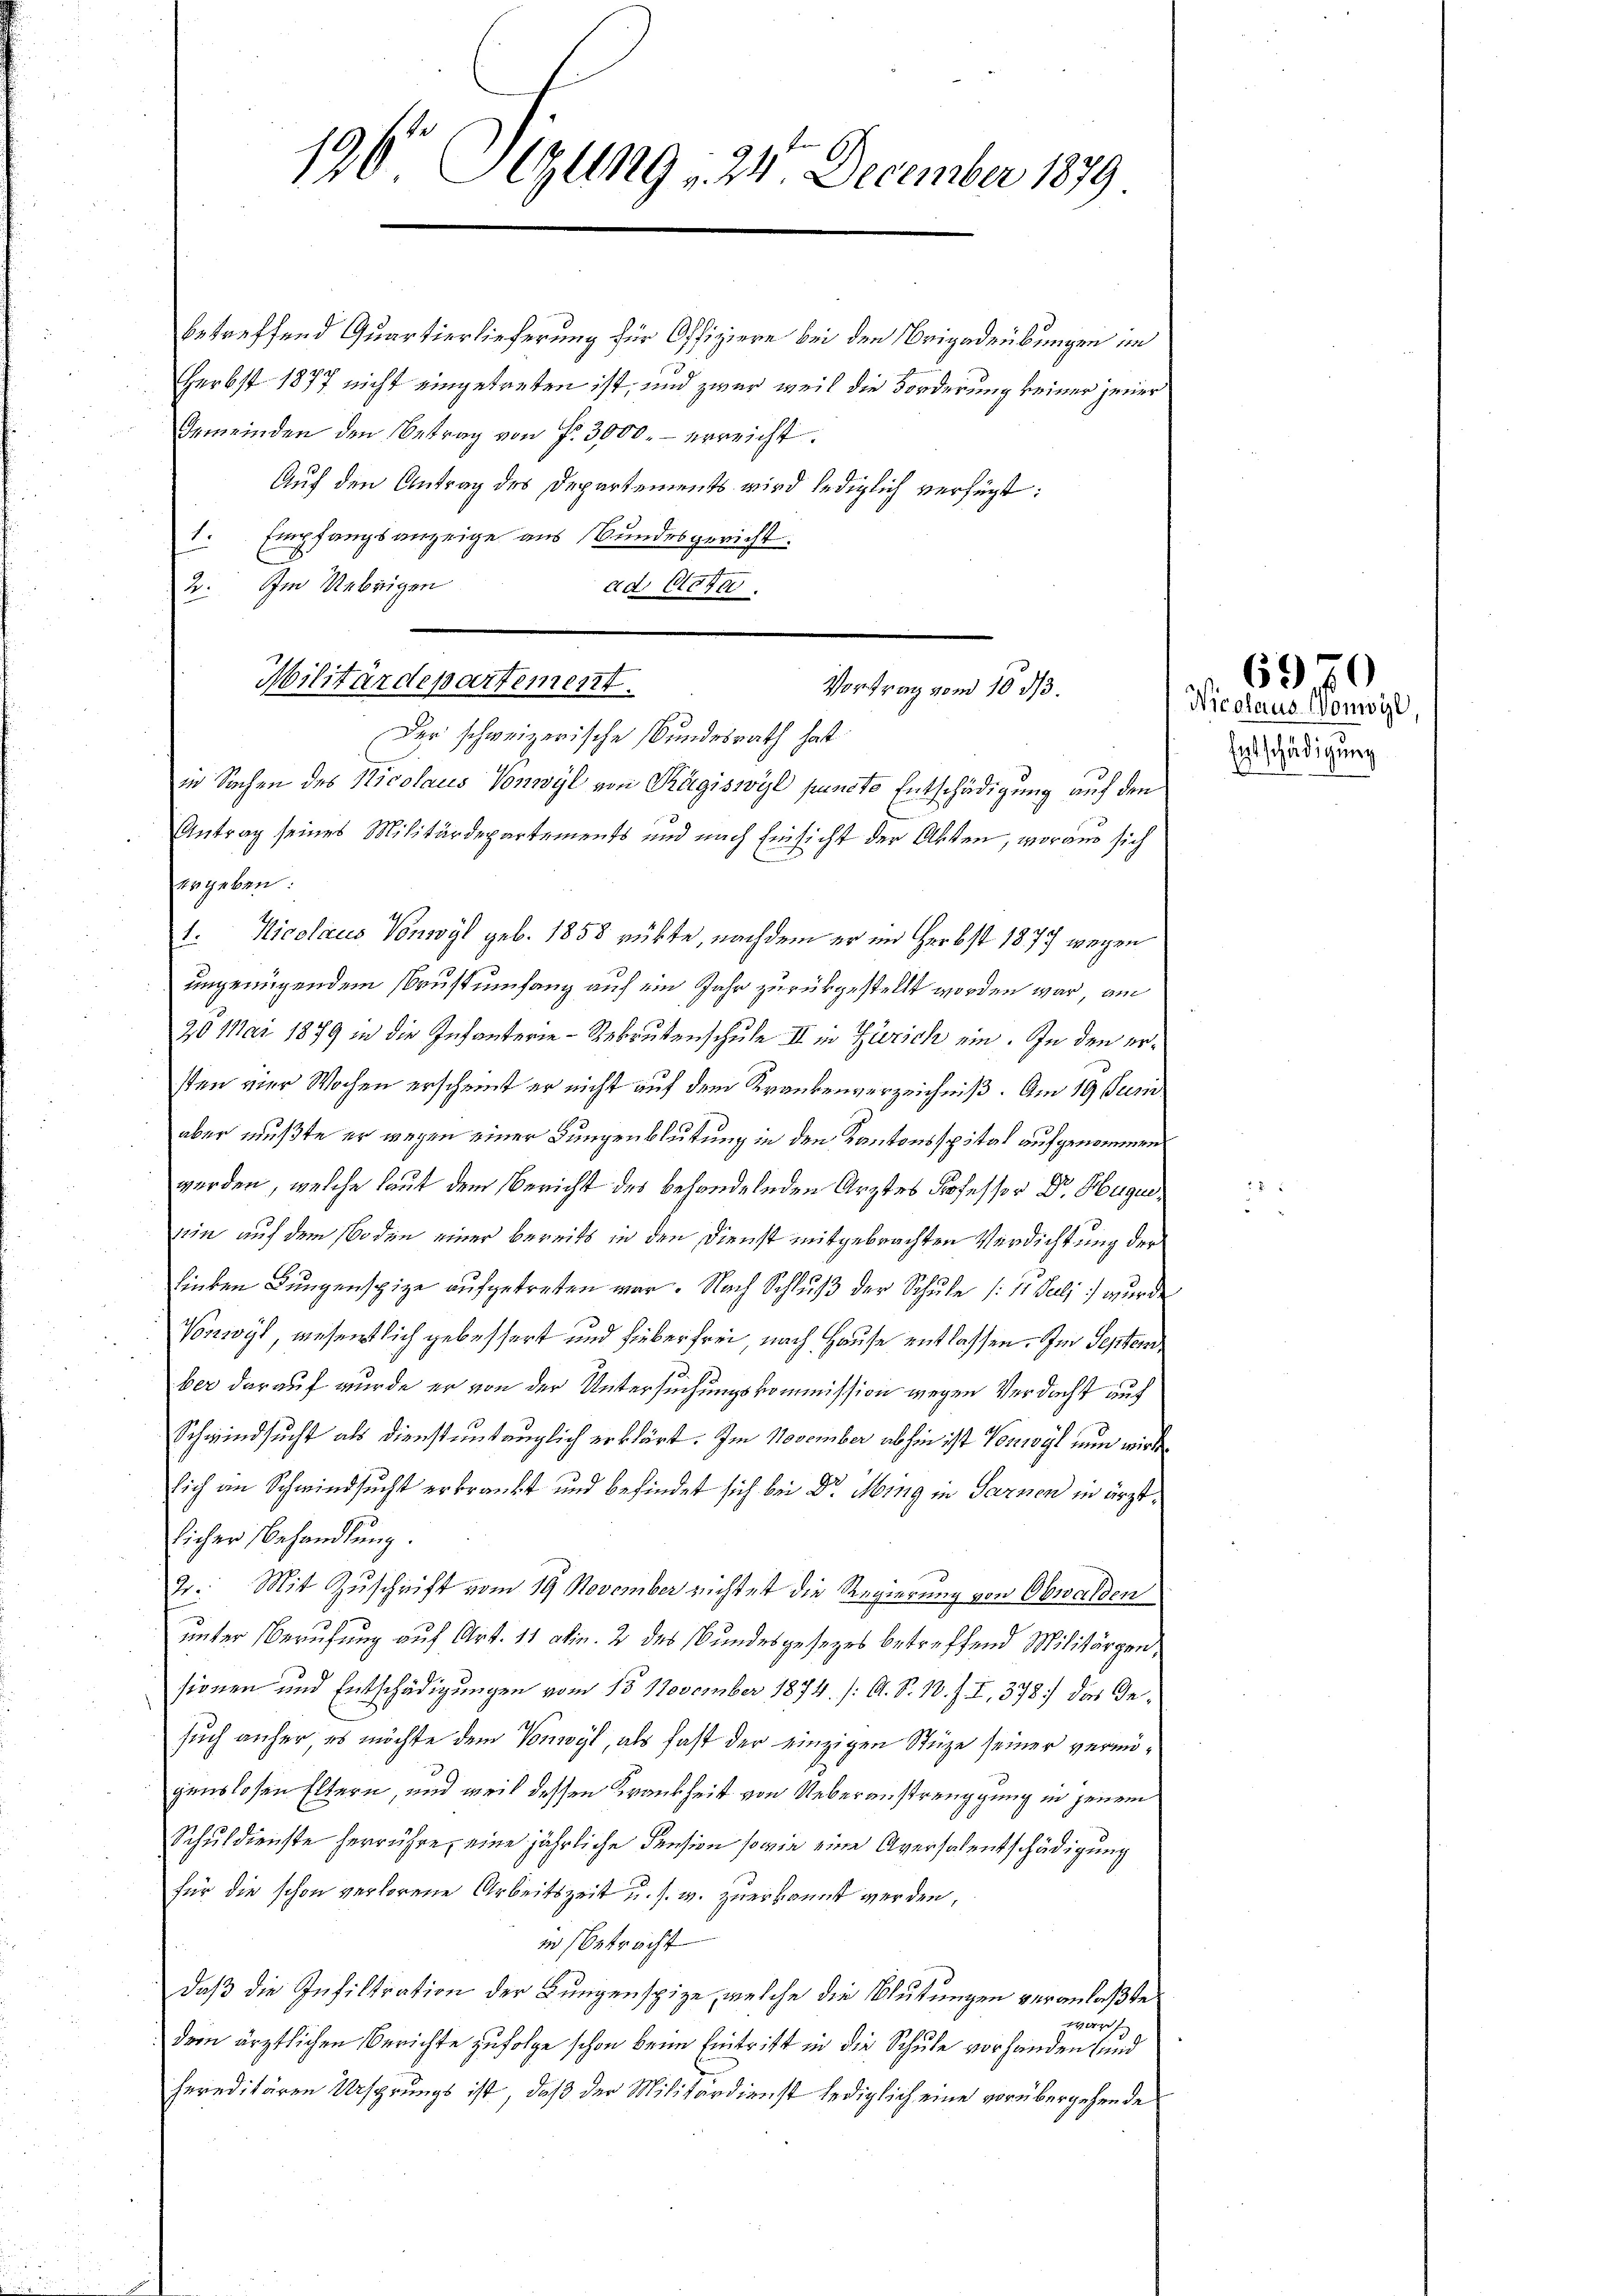
196. Sizung 24. December 1879

betreffend Quartierlieferung für Offiziere bei den Brigadeübungen im
Herbst 1877 nicht eingetreten ist, und zwar weil die Forderung keiner jener
Gemeinden den Betrag von Fr. 3000.- erreicht.
Auf den Antrag des Departements wird lediglich verfügt:
. Empfangsanzeige aus Bundesgericht:
2. Im Uebrigen
ad, Glatte.
in Sachen des Nicolaus Vonwyl von Rägiswyl puncto Entschädigung auf den
Antrag seines Militärdepartements und nach Einsicht der Akten, woraus sich
ergeben:
1. Nicolaus Vonwyl geb. 1858 rückte, nachdem er im Herbst 1877 wegen
ungenügendem Brustumfang auf ein Jahr zurükgestellt worden war, am
20 Mai 1879 in die Infanterie-Rekrutenschule III in Zürich ein. In den ersten vier Wochen erscheint er nicht auf dem Krankenverzeichniß. Am 19 Juni
aber mußte er wegen einer Bungenblutung in den Kantonsspital aufgenommen
werden, welche laut dem Bericht des behandelnden Arztes Professor Dr. Huguesin auf dem Boden einer bereits in den Dienst mitgebrachten Verdichtung der
Linden Lungenspize aufgetreten war. Nach Schluß der Schule (11. Juli) wurde
Vonwyl, wesentlich gebessert und fieber frei nach Hause entlassen. Im Septem
ber darauf wurde er von der Untersuchungskommission wegen Verdacht auf
Schwindsucht als dienstuntauglich erklärt. Im November abhin ist Vorwyl nun wird
sich an Schwindsucht erkrankt und befindet sich bei Dr. Ming in Sarnen in ärztlicher Behandlung.
2. Mit Zuschrift vom 19 November richtet die Regierung von Obwalden
unter Berufung auf Art. 11 abin. 2 des Bundesgesezes betreffend Militärgen,
sionen und Entschädigungen vom 15. November 1874. /: A. S. 10. J. I, 378) das Gesuch anher es möchte dem Vonwyl, als fast der einzigen Stüze seiner vermögenslosen Eltern, und weil dessen Krankheit von Ueberanstrenggung in jenem
Schuldienste herrühre, eine jährliche Pension sowie eine Aversalentschädigung
für die schon verlorene Arbeitszeit u. s. w. zuerkannt werden,
in betracht
daß die Infiltration der Lungenspize, welche die Blutungen veranlaßte
zwar s
dem ärztlichen Berichte zufolge schon beim Eintritt in die Schule vorhanden sind
hereditären Ursprungs ist, daß der Militärdienst lediglich eine vorübergehende

Militärdepartement.
Vortrag vom 10. ds.
Der schweizerische Bundesrath hat

Nicolaus Wonwyl
Entschädigung

6970